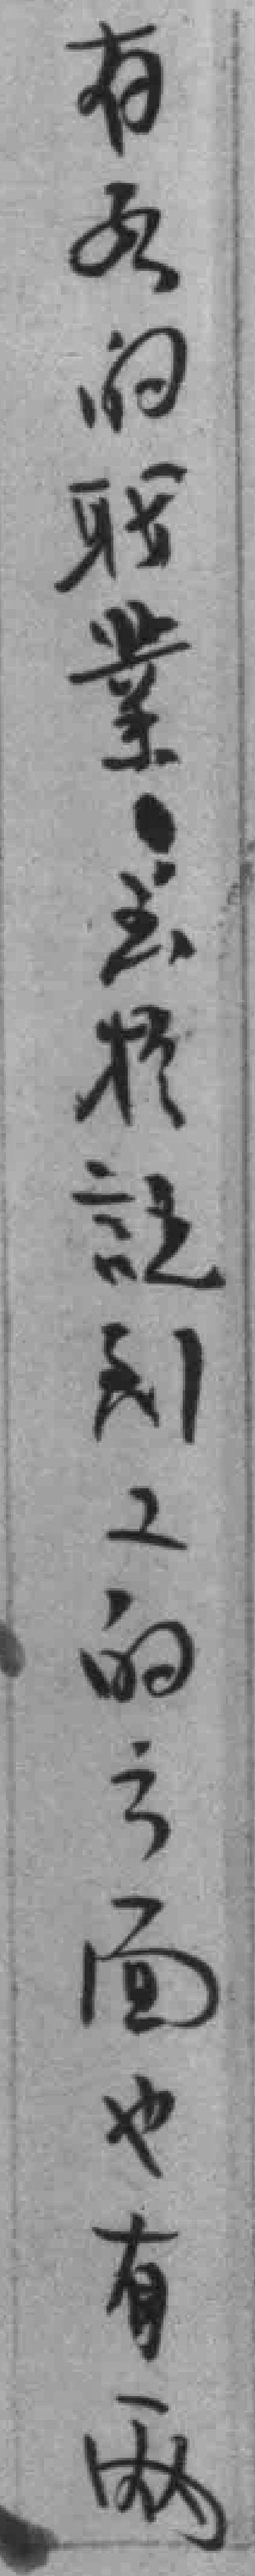
有各的職業雖扵認*工的之面也有兩